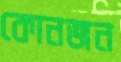
কোনজন